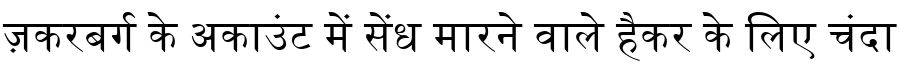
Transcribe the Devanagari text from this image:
ज़करबर्ग के अकाउंट में सेंध मारने वाले हैकर के लिए चंदा